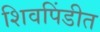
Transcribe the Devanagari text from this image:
शिवपिंडीत